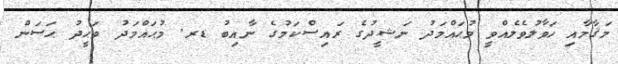
މަޤާމާއި ހަވާލުވެލެއްވީ މުޙައްމަދު ނަޝީދުގެ ރައިސްކަމުގެ ނާއިބު ޑރ. މުޙައްމަދު ވަޙީދު ޙަސަން